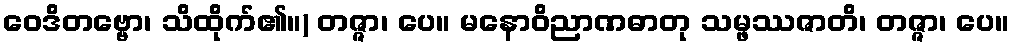
ဝေဒိတဗ္ဗော၊ သိထိုက်၏။) တဇ္ဇာ၊ ပေ။ မနောဝိညာဏဓာတု သမ္ဖဿဇာတိ၊ တဇ္ဇာ၊ ပေ။